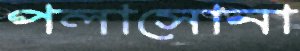
পলাসোনা